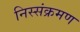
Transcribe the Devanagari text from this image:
निस्संक्रमण